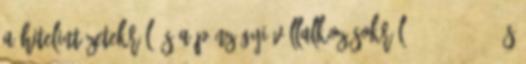
a hitelintézetekről és a pénzügyi vállalkozásokról 1 2014.3.15. és